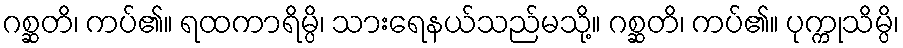
ဂစ္ဆတိ၊ ကပ်၏။ ရထကာရိမ္ပိ၊ သားရေနယ်သည်မသို့။ ဂစ္ဆတိ၊ ကပ်၏။ ပုက္ကုသိမ္ပိ၊